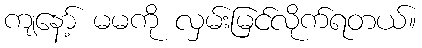
ကျနော့် မမကို လှမ်းမြင်လိုက်ရတယ်။